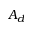
A _ { d }